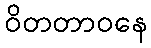
ဝိတတာဝနေ